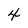
Character: 4